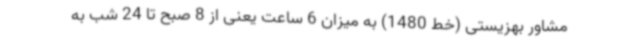
مشاور بهزیستی (خط 1480) به میزان 6 ساعت یعنی از 8 صبح تا 24 شب به